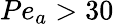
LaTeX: Pe_{a}>30